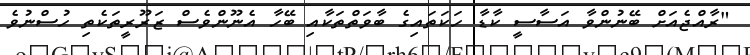
"ރާއްޖެއަށް ބޭނުންވާ އަސާސީ ކާޑާ ހަކަތައިގެ ބާވަތްތަކާއި ބޭހާ އެނޫންވެސް ޒަރޫރީތަކެތި ހުސްނުވެ